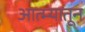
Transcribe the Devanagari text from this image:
आत्म्यातून